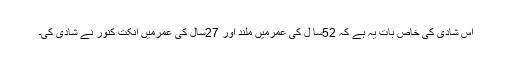
اس شادی کی خاص بات یہ ہے کہ 52سا ل کی عمرمیں ملند اور 27سال کی عمرمیں انکت کنور نے شادی کی۔